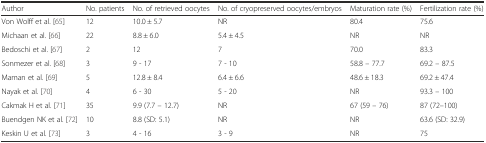
<table><thead><tr><td><b>Author</b></td><td><b>No. patients</b></td><td><b>No. of retrieved oocytes</b></td><td><b>No. of cryopreserved oocytes/embryos</b></td><td><b>Maturation rate (%)</b></td><td><b>Fertilization rate (%)</b></td></tr></thead><tbody><tr><td>Von Wolff et al. [65]</td><td>12</td><td>10.0 ± 5.7</td><td>NR</td><td>80.4</td><td>75.6</td></tr><tr><td>Michaan et al. [66]</td><td>22</td><td>8.8 ± 6.0</td><td>5.4 ± 4.5</td><td>NR</td><td>NR</td></tr><tr><td>Bedoschi et al. [67]</td><td>2</td><td>12</td><td>7</td><td>70.0</td><td>83.3</td></tr><tr><td>Sonmezer et al. [68]</td><td>3</td><td>9 - 17</td><td>7 - 10</td><td>58.8 – 77.7</td><td>69.2 – 87.5</td></tr><tr><td>Maman et al. [69]</td><td>5</td><td>12.8 ± 8.4</td><td>6.4 ± 6.6</td><td>48.6 ± 18.3</td><td>69.2 ± 47.4</td></tr><tr><td>Nayak et al. [70]</td><td>4</td><td>6 - 30</td><td>5 - 20</td><td>NR</td><td>93.3 – 100</td></tr><tr><td>Cakmak H et al. [71]</td><td>35</td><td>9.9 (7.7 – 12.7)</td><td>NR</td><td>67 (59 – 76)</td><td>87 (72–100)</td></tr><tr><td>Buendgen NK et al. [72]</td><td>10</td><td>8.8 (SD: 5.1)</td><td>NR</td><td>NR</td><td>63.6 (SD: 32.9)</td></tr><tr><td>Keskin U et al. [73]</td><td>3</td><td>4 - 16</td><td>3 - 9</td><td>NR</td><td>75</td></tr></tbody></table>